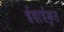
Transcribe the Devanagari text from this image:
ईसाईकृत